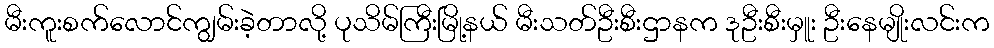
မီးကူးစက်လောင်ကျွမ်းခဲ့တာလို့ ပုသိမ်ကြီးမြို့နယ် မီးသတ်ဦးစီးဌာနက ဒုဦးစီးမှူး ဦးနေမျိုးလင်းက